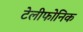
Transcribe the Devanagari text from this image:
टेलीफोनिक